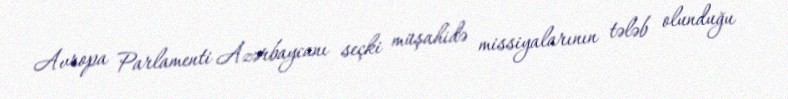
Avropa Parlamenti Azərbaycanı seçki müşahidə missiyalarının tələb olunduğu